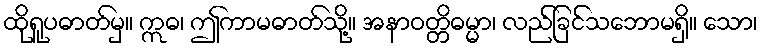
ထိုရူပဓာတ်မှ။ ဣဓ၊ ဤကာမဓာတ်သို့။ အနာဝတ္တိဓမ္မာ၊ လည်ခြင်သဘောမရှိ။ သော၊